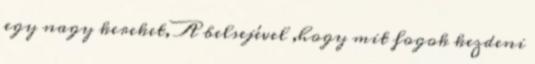
egy nagy kereket, A belsejével ,hogy mit fogok kezdeni